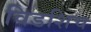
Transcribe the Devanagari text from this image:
विडशिच